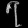
Digit: ၇